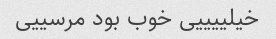
خیلییییی خوب بود مرسییی